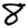
Digit: 8